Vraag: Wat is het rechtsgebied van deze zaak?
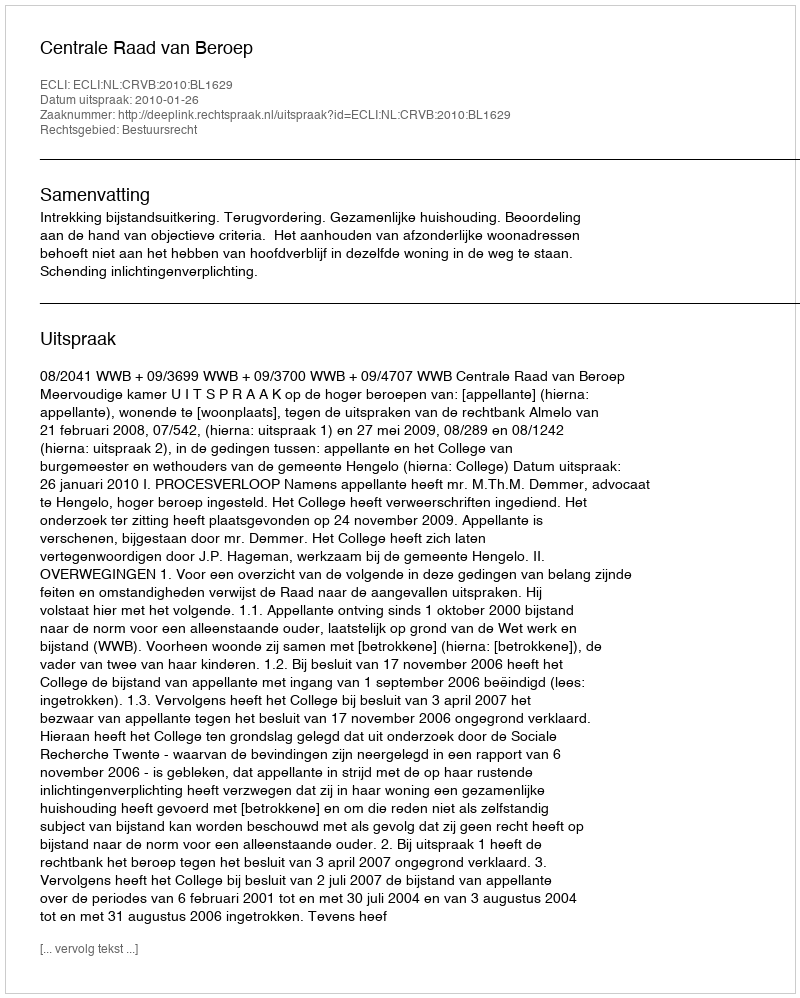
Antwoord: Bestuursrecht